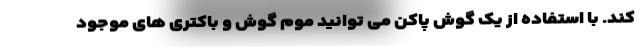
کند. با استفاده از یک گوش پاکن می توانید موم گوش و باکتری های موجود